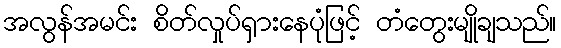
အလွန်အမင်း စိတ်လှုပ်ရှားနေပုံဖြင့် တံတွေးမျိုချသည်။